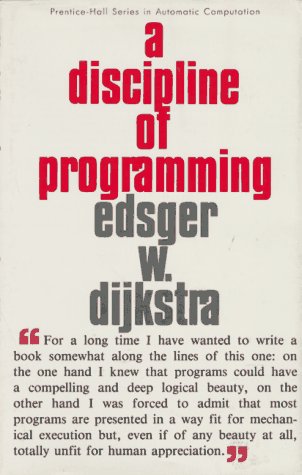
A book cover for A Discipline of Programming; Edsger W. Dijkstra; Computers & Technology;